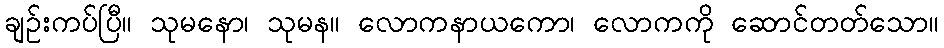
ချဉ်းကပ်ပြီ။ သုမနော၊ သုမန။ လောကနာယကော၊ လောကကို ဆောင်တတ်သော။